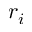
r _ { i }